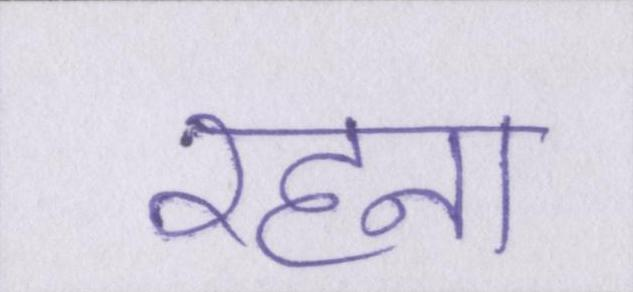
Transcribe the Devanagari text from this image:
रहना